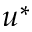
u ^ { * }